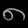
Digit: ၈